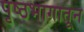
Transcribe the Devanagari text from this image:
पृष्ठभागातून